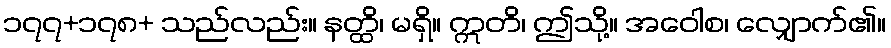
၁၇၇+၁၇၈+ သည်လည်း။ နတ္ထိ၊ မရှိ။ ဣတိ၊ ဤသို့။ အဝေါစ၊ လျှောက်၏။